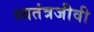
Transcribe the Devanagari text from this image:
स्वतंत्रजीवी